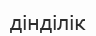
дінділік